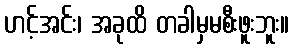
ဟင့်အင်း၊ အခုထိ တခါမှမစီးဖူးဘူး။